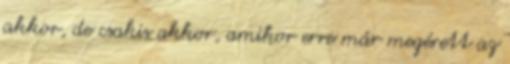
akkor, de csakis akkor, amikor erre már megérett az